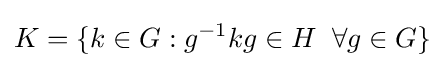
K=\{k\in G:g^{-1}kg\in H\;\;\forall g\in G\}